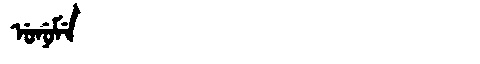
Manchu: ᡠᠨᡠᠮᡝ
Romanization: UNUME